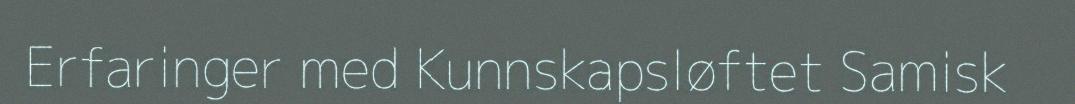
Erfaringer med Kunnskapsløftet Samisk